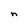
Character: n